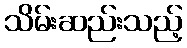
သိမ်းဆည်းသည့်